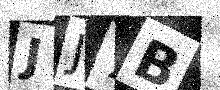
Text: JJ7B